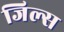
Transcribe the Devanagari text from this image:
जिल्स